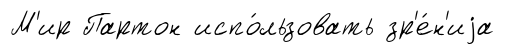
М'ир Партон испо́льзовать зр'е́н'иjа